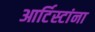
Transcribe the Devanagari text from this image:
आर्टिस्टांना